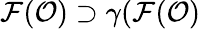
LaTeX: {\cal F}({\cal O})\supset\gamma({\cal F}({\cal O})